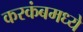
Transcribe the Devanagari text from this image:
करकंबमध्ये